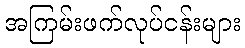
အကြမ်းဖက်လုပ်ငန်းများ